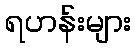
ရဟန်းများ